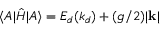
\langle A | \hat { H } | A \rangle = E _ { d } ( k _ { d } ) + ( g / 2 ) | \mathbf { k } |